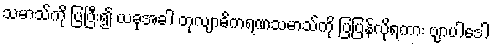
သမာသ်ကို ပြပြီး၍ ယခုအခါ တုလျာဓိကရဏသမာသ်ကို ပြပြန်လိုရကား ဗျာပါဒေါ